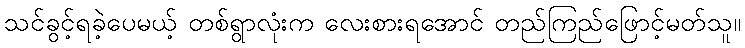
သင်ခွင့်ရခဲ့ပေမယ့် တစ်ရွာလုံးက လေးစားရအောင် တည်ကြည်ဖြောင့်မတ်သူ။